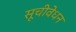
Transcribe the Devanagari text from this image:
सूचीवेधन